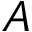
A